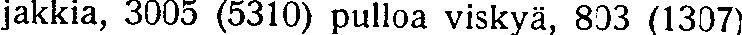
jakkia, 3005 (5310) pulloa viskyä, 803 (1307)